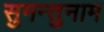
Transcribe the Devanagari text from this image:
सुमन्तुनाम